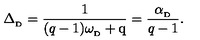
\Delta _ { _ \mathrm { D } } = { \frac { 1 } { ( { q - 1 } ) \omega _ { _ \mathrm { D } } + \mathrm { q } } } = { \frac { \alpha _ { _ \mathrm { D } } } { q - 1 } } .